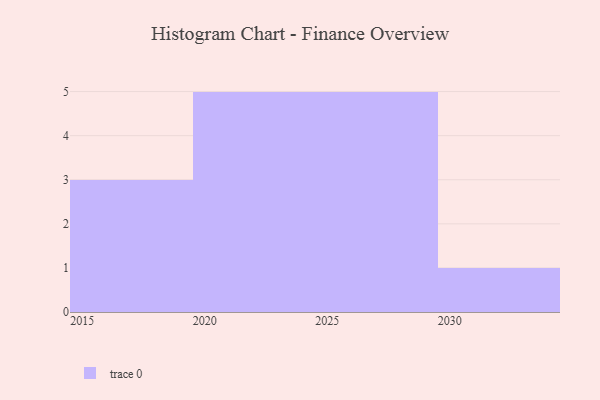
{"axis": {"x": "Year", "y": "Website Visitors"}, "legend": [""], "data": [{"x": "2030", "y": 41, "type": ""}, {"x": "2016", "y": 23, "type": ""}, {"x": "2021", "y": 3, "type": ""}, {"x": "2020", "y": 35, "type": ""}, {"x": "2024", "y": 96, "type": ""}, {"x": "2017", "y": 37, "type": ""}, {"x": "2029", "y": 40, "type": ""}, {"x": "2027", "y": 37, "type": ""}, {"x": "2026", "y": 81, "type": ""}, {"x": "2028", "y": 37, "type": ""}, {"x": "2022", "y": 59, "type": ""}, {"x": "2015", "y": 31, "type": ""}, {"x": "2023", "y": 48, "type": ""}, {"x": "2025", "y": 83, "type": ""}]}